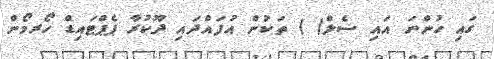
ގައި ހުންނަ އައި ސެލް( ) ތަކުން އުފައްދައި ދޫކުރާ ޕެޕްޓައިޑް ހޯރމޯން